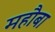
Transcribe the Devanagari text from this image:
महौबा